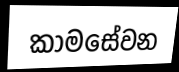
කාමසේවන